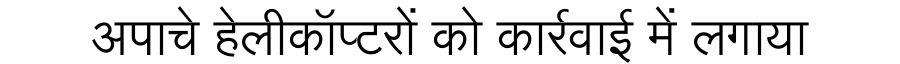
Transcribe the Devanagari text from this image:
अपाचे हेलीकॉप्टरों को कार्रवाई में लगाया